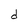
Character: d